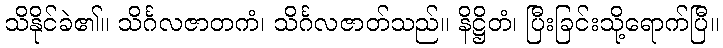
သိနိုင်ခဲ၏။ သိင်္ဂလဇာတကံ၊ သိင်္ဂလဇာတ်သည်။ နိဋ္ဌိတံ၊ ပြီးခြင်းသို့ရောက်ပြီ။